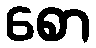
စော